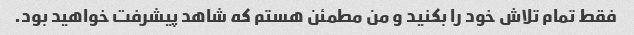
فقط تمام تلاش خود را بکنید و من مطمئن هستم که شاهد پیشرفت خواهید بود.